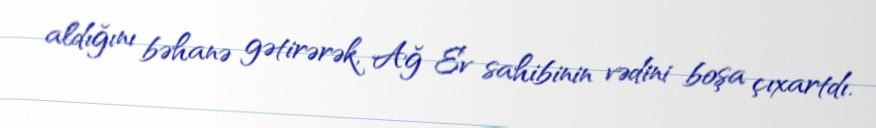
aldığını bəhanə gətirərək, Ağ Ev sahibinin vədini boşa çıxartdı.